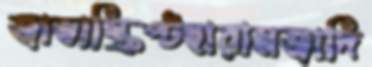
জাভাস্ক্রিপ্টহারামজাদি